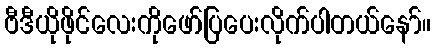
ဗီဒီယိုဖိုင်လေးကိုဖော်ပြပေးလိုက်ပါတယ်နော်။